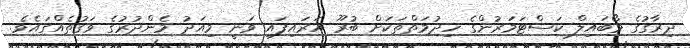
ދިރާގުގެ މޯބައިލް ކަސްޓަމަރުންގެ ހިދުމަތްތަކަށް ބުރޫ އަރައިފައި ވަނީ މިއަދު މެންދުރުގެ ވަގުތެއްގައެވެ.